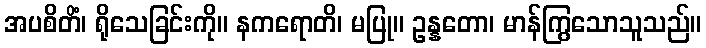
အပစိတိံ၊ ရိုသေခြင်းကို။ နကရောတိ၊ မပြု။ ဥန္နတော၊ မာန်ကြွသောသူသည်။